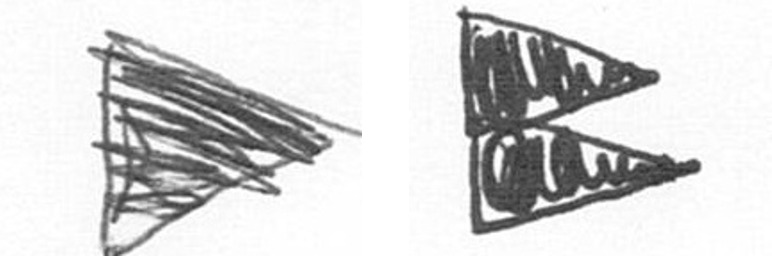
T P